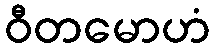
ဝီတမောဟံ